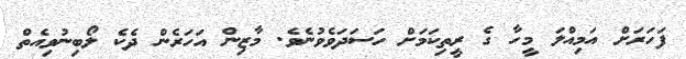
ފަހަރަށް އަމިއްލަ މީހާ ގެ ރީތިކަމަށް ހަސަދަވެވުނެވެ. މާޒިން އަހަރެން ދެކެ ލޯބިނުވިއެތް